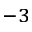
^ { - 3 }